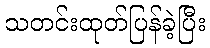
သတင်းထုတ်ပြန်ခဲ့ပြီး